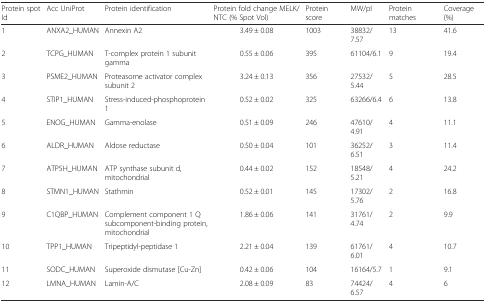
| Protein spot Id | Acc UniProt | Protein identification | Protein fold change MELK/NTC (% Spot Vol) | Protein score | MW/pI | Protein matches | Coverage (%) |
 | --- | --- | --- | --- | --- | --- | --- | --- |
 | 1 | ANXA2_HUMAN | Annexin A2 | 3.49 ± 0.08 | 1003 | 38832/7.57 | 13 | 41.6 |
 | 2 | TCPG_HUMAN | T-complex protein 1 subunit gamma | 0.55 ± 0.06 | 395 | 61104/6.1 | 9 | 19.4 |
 | 3 | PSME2_HUMAN | Proteasome activator complex subunit 2 | 3.24 ± 0.13 | 356 | 27532/5.44 | 5 | 28.5 |
 | 4 | STIP1_HUMAN | Stress-induced-phosphoprotein 1 | 0.52 ± 0.02 | 325 | 63266/6.4 | 6 | 13.8 |
 | 5 | ENOG_HUMAN | Gamma-enolase | 0.51 ± 0.09 | 246 | 47610/4.91 | 4 | 11.1 |
 | 6 | ALDR_HUMAN | Aldose reductase | 0.50 ± 0.04 | 101 | 36252/6.51 | 3 | 11.4 |
 | 7 | ATP5H_HUMAN | ATP synthase subunit d, mitochondrial | 0.44 ± 0.02 | 152 | 18548/5.21 | 4 | 24.2 |
 | 8 | STMN1_HUMAN | Stathmin | 0.52 ± 0.01 | 145 | 17302/5.76 | 2 | 16.8 |
 | 9 | C1QBP_HUMAN | Complement component 1 Q subcomponent-binding protein, mitochondrial | 1.86 ± 0.06 | 141 | 31761/4.74 | 2 | 9.9 |
 | 10 | TPP1_HUMAN | Tripeptidyl-peptidase 1 | 2.21 ± 0.04 | 139 | 61761/6.01 | 4 | 10.7 |
 | 11 | SODC_HUMAN | Superoxide dismutase [Cu-Zn] | 0.42 ± 0.06 | 104 | 16164/5.7 | 1 | 9.1 |
 | 12 | LMNA_HUMAN | Lamin-A/C | 2.08 ± 0.09 | 83 | 74424/6.57 | 4 | 6 |